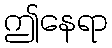
ဤနေရာ